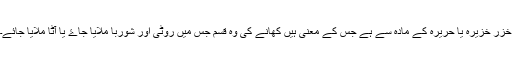
خُزر خُزیرہ یا حریرہ کے مادہ سے ہے جس کے معنی ہیں کھانے کی وہ قسم جس میں روٹی اور شوربا ملایا جاۓ یا آٹا ملایا جائے۔